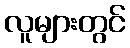
လူများတွင်